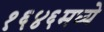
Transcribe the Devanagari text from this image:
१६४६मध्ये